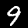
Label: 9